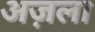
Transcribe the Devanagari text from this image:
अज़ला